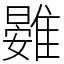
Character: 䨃